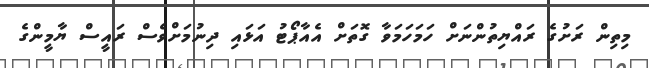
މިތިން ރަށުގެ ރައްޔިތުންނަށް ހަމަހަމަވާ ގޮތަށް އެއާޕޯޓު އަޅައި ދިނުމަށްވެސް ރައީސް ޔާމީންގެ